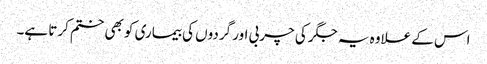
اس کے علاوہ یہ جگر کی چربی اور گردوں کی بیماری کو بھی ختم کرتا ہے۔